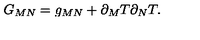
G _ { M N } = g _ { M N } + \partial _ { M } T \partial _ { N } T .